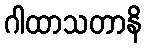
ဂါထာသတာနိ